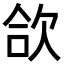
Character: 欱